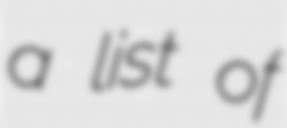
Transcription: a list of